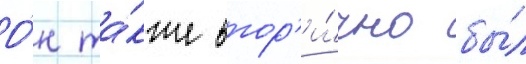
О́н та́кже втор'и́чно бы́л